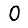
Digit: 0